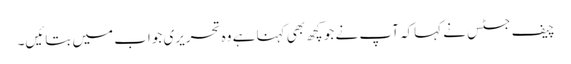
چیف جسٹس نے کہاکہ آپ نے جو کچھ بھی کہنا ہے وہ تحریری جواب میں بتائیں۔